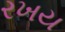
રખય